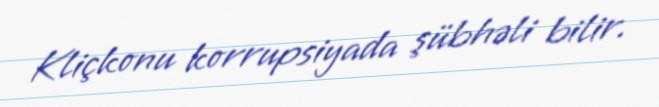
Kliçkonu korrupsiyada şübhəli bilir.